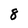
Character: 8